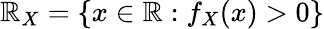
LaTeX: \mathbb{R}_{X}=\{ x\in\mathbb{{\mathbb{R}}}:f_{X}(x)>0\}